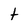
Character: t